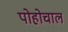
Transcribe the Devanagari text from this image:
पोहोचाल